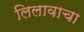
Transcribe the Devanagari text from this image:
लिलावाचा